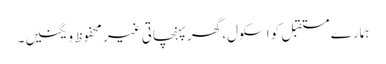
ہمارے مستقبل کو اسکول، گھر پہنچاتی غیر محفوظ ویگنیں۔